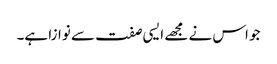
جو اس نے مجھے ایسی صفت سے نوازا ہے۔